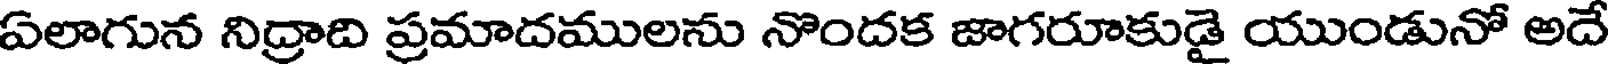
ఏలాగున నిద్రాది ప్రమాదములను నొందక జాగరూకుడై యుండునో అదే